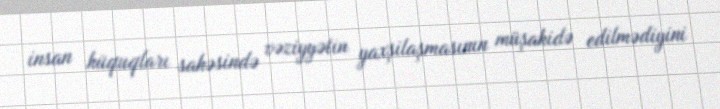
insan hüquqları sahəsində vəziyyətin yaxşilaşmasının müşahidə edilmədiyini